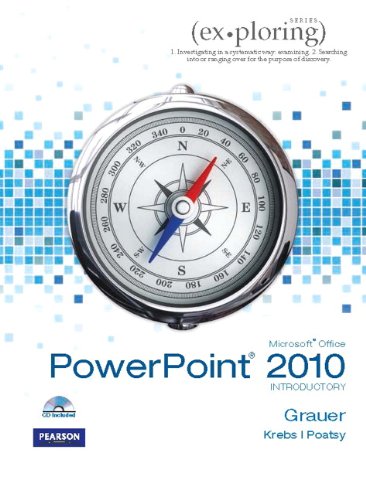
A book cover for Exploring Microsoft Office PowerPoint 2010 Introductory (Custom Phit: The Pearson Custom Program for Cis); Robert T. Grauer; Computers & Technology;